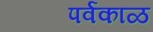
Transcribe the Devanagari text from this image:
पर्वकाळ